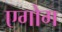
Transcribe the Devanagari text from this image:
एगोग